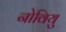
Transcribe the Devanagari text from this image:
नोवियु